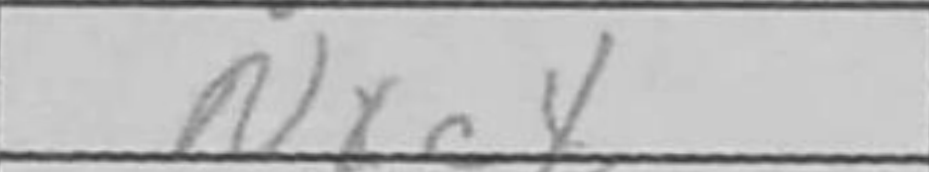
Transcription: Nxc4